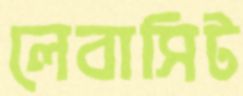
লেবাসিট